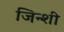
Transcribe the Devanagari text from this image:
जिन्शी